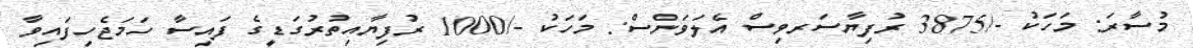
މުސާރަ: މަހަކު -/3875 ރުފިޔާސަރވިސް އެލަވަންސް: މަހަކު -/1000 ރުފިޔާއިތުރުގަޑީގެ ފައިސާ ހަމަޖެހިފައިވާ